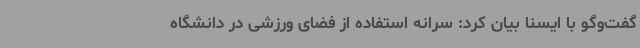
گفت‌وگو با ایسنا بیان کرد: سرانه استفاده از فضای ورزشی در دانشگاه